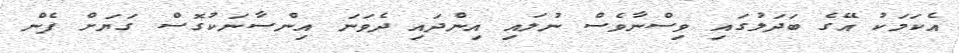
އެކަމަކު އޭގެ ބަދަލުގައި ވިސްނާވެސް ނުލައި އިންދައި ދެވަނަ އިންސާނަކުގޮސް ގަޔަށް ފެން